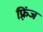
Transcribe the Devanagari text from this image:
फ़्रिंज